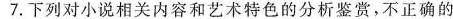
7，下列对小说相关内容和艺术特色的分析鉴赏，不正确的